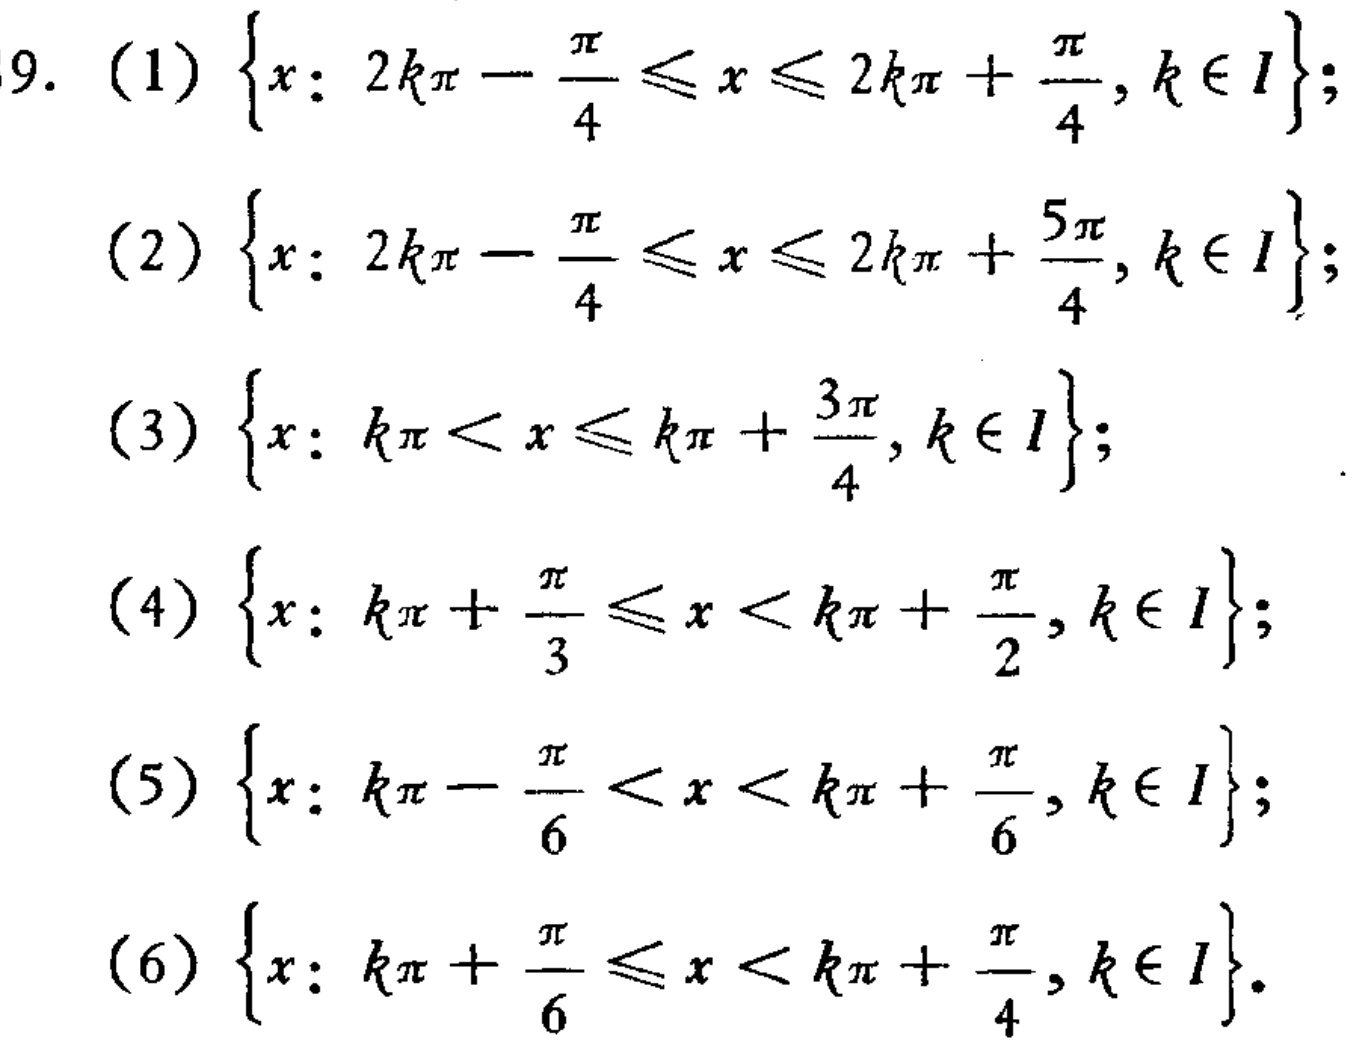
9. (1) \(\{x: 2k\pi-\frac{\pi}{4}\leq x\leq 2k\pi+\frac{\pi}{4}, k\in I\}\);

(2) \(\{x: 2k\pi-\frac{\pi}{4}\leq x\leq 2k\pi+\frac{5\pi}{4}, k\in I\}\);

(3) \(\{x: k\pi<x\leq k\pi+\frac{3\pi}{4}, k\in I\}\);

(4) \(\{x: k\pi+\frac{\pi}{3}\leq x<k\pi+\frac{\pi}{2}, k\in I\}\);

(5) \(\{x: k\pi-\frac{\pi}{6}<x<k\pi+\frac{\pi}{6}, k\in I\}\);

(6) \(\{x: k\pi+\frac{\pi}{6}\leq x<k\pi+\frac{\pi}{4}, k\in I\}\).